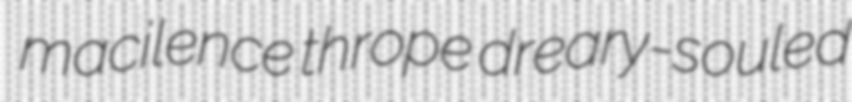
macilence thrope dreary-souled